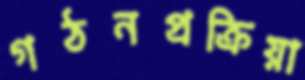
গঠনপ্রক্রিয়া